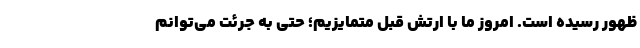
ظهور رسیده است. امروز ما با ارتش قبل متمایزیم؛ حتی به جرئت می‌توانم